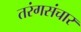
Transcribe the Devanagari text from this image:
तरंगसंचार